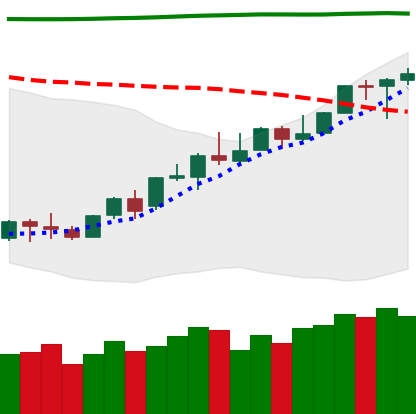
Ticker: LINK-USD
Chart end date: 2018-04-22
Forward return: -9.474%
Label: down_7plus